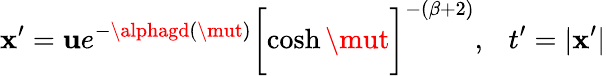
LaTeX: \mathbf{x}^{\prime}={\mathbf{u}}e^{-\alphagd(\mut)}\biggl[\cosh{\mut}\biggr]^{-(\beta+2)},~~~t^{\prime}=|\mathbf{x}^{\prime}|